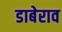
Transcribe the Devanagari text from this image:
डाबेराव